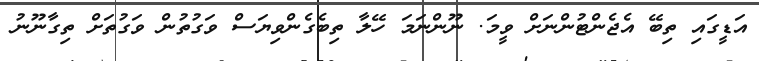
އަޑީގައި ތިބޭ އެޖެންޓުންނަށް ވީމަ. ނޫންނަމަ ހޭލާ ތިބެގެންވިޔަސް ވަގުތުން ވަގުތަށްް ތިގާނޫނު